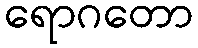
ရောဂတော